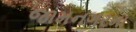
જામનગરમા